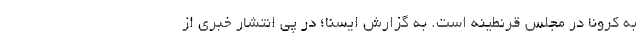
به کرونا در مجلس قرنطینه است. به گزارش ایسنا؛ در پی انتشار خبری از